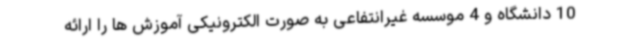
10 دانشگاه و 4 موسسه غیرانتفاعی به صورت الکترونیکی آموزش ها را ارائه